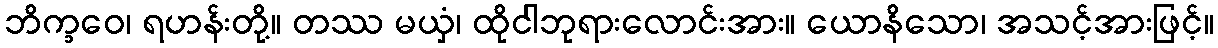
ဘိက္ခဝေ၊ ရဟန်းတို့။ တဿ မယှံ၊ ထိုငါဘုရားလောင်းအား။ ယောနိသော၊ အသင့်အားဖြင့်။